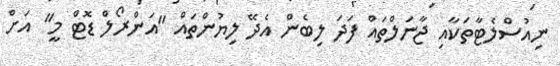
ނިއުސްލެޓާތަކާއި ޖާނަލްތައް ފަދަ ލިބެން އެދޭ ލިޔުންތައް "އަންރޯލް ޑޮޓް މީ" އަށް